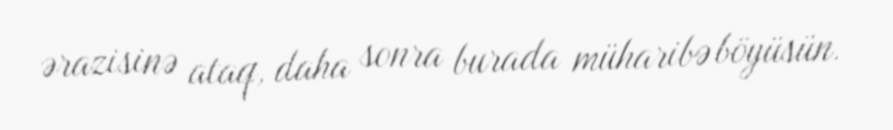
ərazisinə ataq, daha sonra burada müharibə böyüsün.